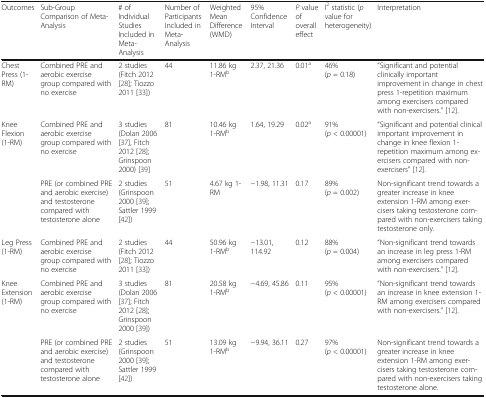
<table><thead><tr><td><b>Outcomes</b></td><td><b>Sub-Group Comparison of Meta-Analysis</b></td><td><b># of Individual Studies Included in Meta-Analysis</b></td><td><b>Number of Participants Included in Meta-Analysis</b></td><td><b>Weighted Mean Difference (WMD)</b></td><td><b>95% Confidence Interval</b></td><td><b><i>P</i> value of overall effect</b></td><td><b>I<sup>2</sup> statistic (<i>p</i> value for heterogeneity)</b></td><td><b>Interpretation</b></td></tr></thead><tbody><tr><td>Chest Press (1-RM)</td><td>Combined PRE and aerobic exercise group compared with no exercise</td><td>2 studies(Fitch 2012 [28]; Tiozzo 2011 [33])</td><td>44</td><td>11.86 kg 1-RM<sup>b</sup></td><td>2.37, 21.36</td><td>0.01<sup>a</sup></td><td>46%(<i>p</i> = 0.18)</td><td>“Significant and potential clinically important improvement in change in chest press 1-repetition maximum among exercisers compared with non-exercisers.” [12].</td></tr><tr><td rowspan="2">Knee Flexion(1-RM)</td><td>Combined PRE and aerobic exercise group compared with no exercise</td><td>3 studies(Dolan 2006 [37], Fitch 2012 [28]; Grinspoon 2000) [39]</td><td>81</td><td>10.46 kg 1-RM<sup>b</sup></td><td>1.64, 19.29</td><td>0.02<sup>a</sup></td><td>91%(<i>p</i> &lt; 0.00001)</td><td>“Significant and potential clinical important improvement in change in knee flexion 1-repetition maximum among exercisers compared with non-exercisers” [12].</td></tr><tr><td>PRE (or combined PRE and aerobic exercise) and testosterone compared with testosterone alone</td><td>2 studies(Grinspoon 2000 [39]; Sattler 1999 [42])</td><td>51</td><td>4.67 kg 1-RM</td><td>−1.98, 11.31</td><td>0.17</td><td>89% (<i>p</i> = 0.002)</td><td>Non-significant trend towards a greater increase in knee extension 1-RM among exercisers taking testosterone compared with non-exercisers taking testosterone only.</td></tr><tr><td>Leg Press(1-RM)</td><td>Combined PRE and aerobic exercise group compared with no exercise</td><td>2 studies(Fitch 2012 [28]; Tiozzo 2011 [33])</td><td>44</td><td>50.96 kg 1-RM<sup>b</sup></td><td>−13.01, 114.92</td><td>0.12</td><td>88%(<i>p</i> = 0.004)</td><td>“Non-significant trend towards an increase in leg press 1-RM among exercisers compared with non-exercisers.” [12].</td></tr><tr><td rowspan="2">Knee Extension(1-RM)</td><td>Combined PRE and aerobic exercise group compared with no exercise</td><td>3 studies(Dolan 2006 [37]; Fitch 2012 [28]; Grinspoon 2000 [39])</td><td>81</td><td>20.58 kg 1-RM<sup>b</sup></td><td>−4.69, 45.86</td><td>0.11</td><td>95%(<i>p</i> &lt; 0.00001)</td><td>“Non-significant trend towards an increase in knee extension 1-RM among exercisers compared with non-exercisers.” [12].</td></tr><tr><td>PRE (or combined PRE and aerobic exercise) and testosterone compared with testosterone alone</td><td>2 studies(Grinspoon 2000 [39]; Sattler 1999 [42])</td><td>51</td><td>13.09 kg 1-RM<sup>b</sup></td><td>−9.94, 36.11</td><td>0.27</td><td>97%(<i>p</i> &lt; 0.00001)</td><td>Non-significant trend towards a greater increase in knee extension 1-RM among exercisers taking testosterone compared with non-exercisers taking testosterone alone.</td></tr></tbody></table>